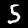
Label: 5